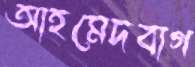
আহমেদবাগ